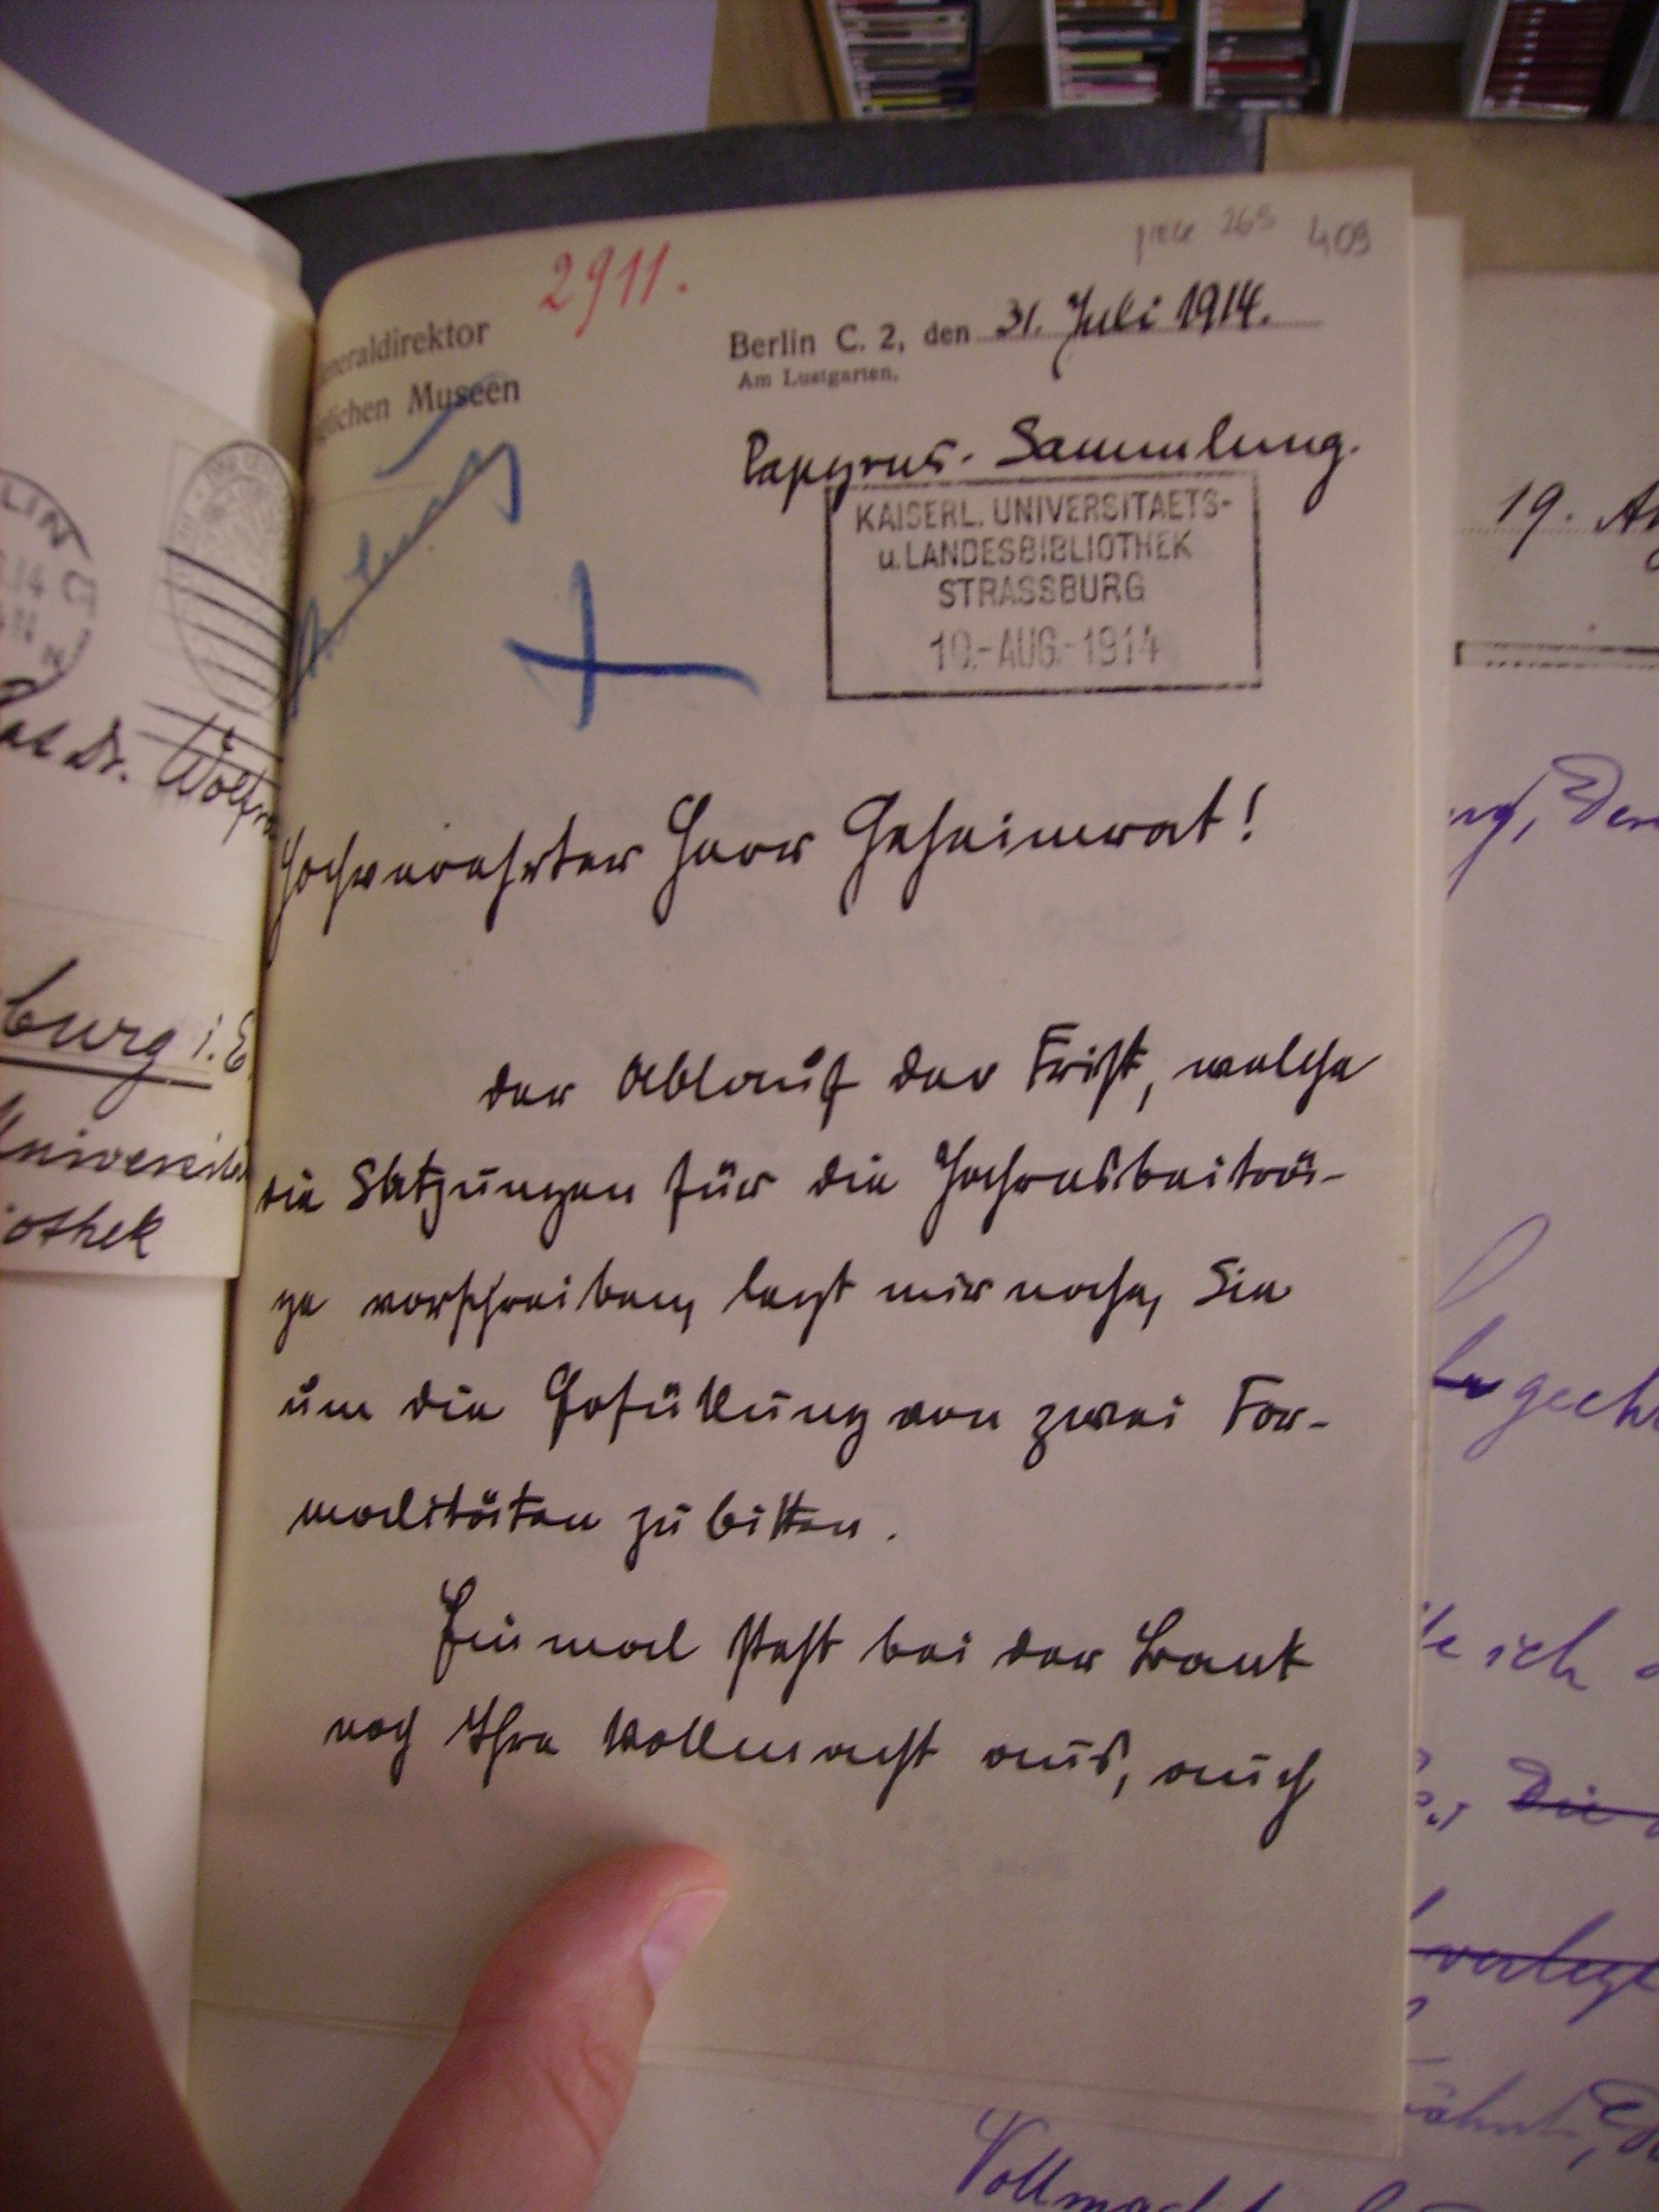
31. Juli 1914

Papyrus. Sammlung.

Hochverehrter Herr Geheimrat!
der Ablauf der Frist, welche
die Satzungen für die Jahresbeiträ¬
ge vorschreiben, legt mir nahe, Sie
um die Erfüllung von zwei For¬
malitäten zu bitten.
Einmal steht bei der bank
noch Ihre Vollmacht aus, auch